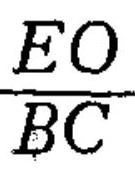
\(\frac{EO}{BC}\)